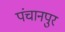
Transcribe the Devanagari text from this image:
पंचानपुर